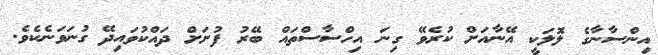
އިންސާނާގެ ލޮލަކީ އޭނާއަށް ކުރެވޭ ގިނަ އިހްސާސްތައް ބޭރު ފުށަށް ދައްކުވައިދޭ ގުނަވަނެކެވެ.